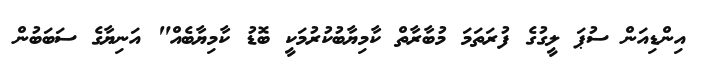
އިންޑިއަން ސުޕަ ލީގުގެ ފުރަތަމަ މުބާރާތް ކާމިޔާބުކުރުމަކީ ބޮޑު ކާމިޔާބެއް" އަނިޔާގެ ސަބަބުން